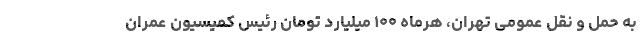
به حمل و نقل عمومی تهران، هرماه ۱۰۰ میلیارد تومان رئیس کمیسیون عمران